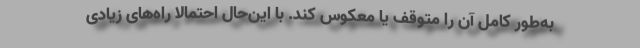
به‌طور کامل آن را متوقف یا معکوس کند. با این‌حال احتمالا راه‌های زیادی